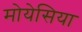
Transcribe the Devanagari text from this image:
मोयेसिया